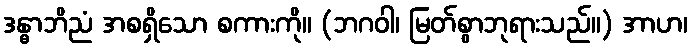
ဒန္ဓာဘိညံ အစရှိသော စကားကို။ (ဘဂဝါ၊ မြတ်စွာဘုရားသည်။) အာဟ၊